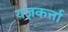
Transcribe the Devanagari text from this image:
यज्ञकर्त्ता